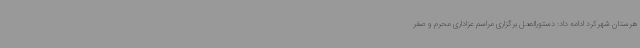
هرستان شهرکرد ادامه داد: دستورالعمل برگزاری مراسم عزاداری محرم و صفر